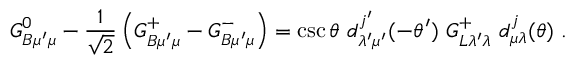
G _ { B \mu ^ { \prime } \mu } ^ { 0 } - { \frac { 1 } { \sqrt { 2 } } } \left( G _ { B \mu ^ { \prime } \mu } ^ { + } - G _ { B \mu ^ { \prime } \mu } ^ { - } \right) = \csc \theta \ d _ { \lambda ^ { \prime } \mu ^ { \prime } } ^ { j ^ { \prime } } ( - \theta ^ { \prime } ) \ G _ { L \lambda ^ { \prime } \lambda } ^ { + } \ d _ { \mu \lambda } ^ { j } ( \theta ) \ .